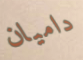
داميان